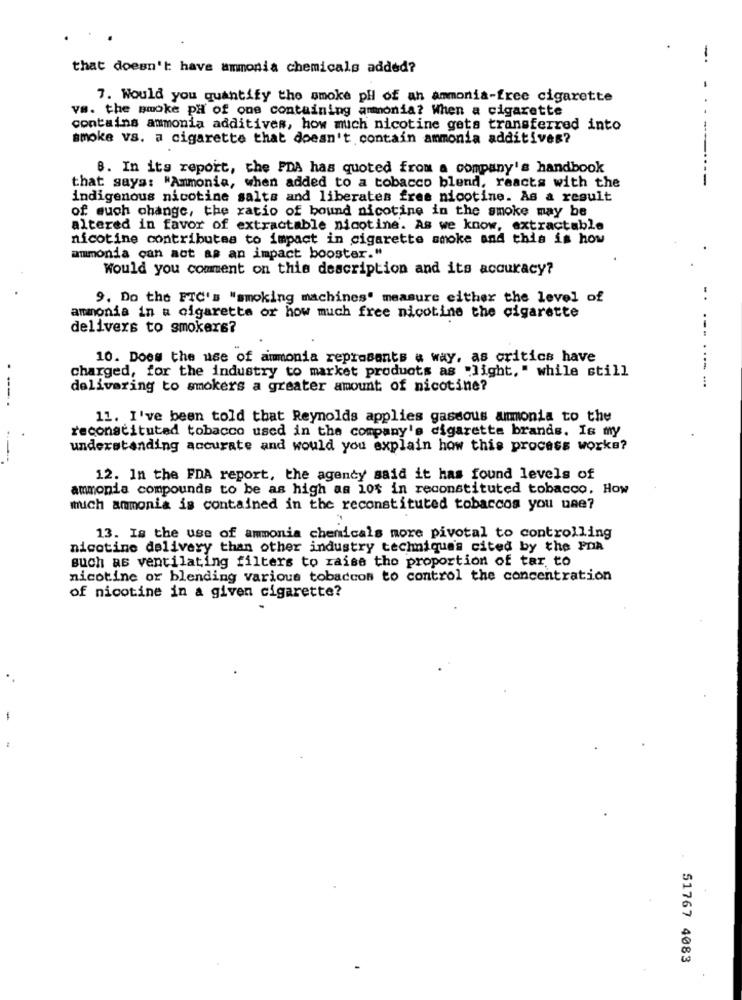
-.
that doesn't have ammonia chemicals added?
7. Would you quantify the smoke pli of an ammonia-free cigarette
vs. the smoke pH of one containing ammonia? When a cigarette
contains ammonia additives, how much nicotine gets transferred into
smoke vs. a cigarette that doesn't contain ammonia additives?
8. In its report, the FDA has quoted from a company's handbook
-------
that says: "Ammonia, when added to a tobacco blend, reacts with the
indigenous nicotine salts and liberates free nicotine. As a result
of such change, the ratio of bound nicotine in the smoke may be
altered in favor of extractable nicotine. As we know, extractable
nicotine contributes to impact in cigarette smoke and this is how
ammonia can act as an impact booster."
Would you comment on this description and its accuracy?
9. Do the FTC's "smoking machines" measure either the level of
..
ammonia in a cigarette or how much free nicotine the cigarette
delivers to smokers?
10. Does the use of ammonia represents a way, as critics have
charged, for the industry to market products as "light," while still
delivering to smokers a greater amount of nicotine?
---
11. I've been told that Reynolds applies gassous ammonia to the
reconstituted tobacco used in the company's cigarette brands. Is my
understanding accurate and would you explain how this process works?
12. In the FDA report, the agency said it has found levels of
ammonia compounds to be as high as iot in reconstituted tobacco, How
much ammonia is contained in the reconstituted tobaccos you use?
13. Is the use of ammonia chemicals more pivotal to controlling
nicotine delivery than other industry technique's cited by the PDA
such as ventilating filters to raise tho proportion of tar to
nicotine or blending various tobaccos to control the concentration
of nicotine in a given cigarette?
-
51767 4083